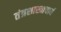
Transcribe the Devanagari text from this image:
तंत्रशास्त्राचार्य